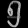
Digit: ၅